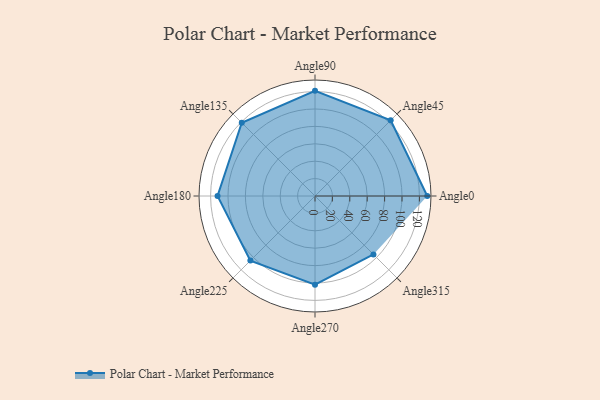
{"axis": {"x": "Angle", "y": "Radius"}, "legend": [""], "data": [{"x": "Angle0", "y": 129.0, "type": ""}, {"x": "Angle45", "y": 123.0, "type": ""}, {"x": "Angle90", "y": 121.0, "type": ""}, {"x": "Angle135", "y": 119.0, "type": ""}, {"x": "Angle180", "y": 112.0, "type": ""}, {"x": "Angle225", "y": 105.0, "type": ""}, {"x": "Angle270", "y": 102.0, "type": ""}, {"x": "Angle315", "y": 95.0, "type": ""}]}